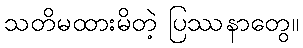
သတိမထားမိတဲ့ ပြဿနာတွေ။